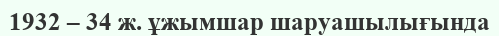
1932 – 34 ж. ұжымшар шаруашылығында